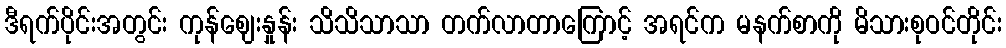
ဒီရက်ပိုင်းအတွင်း ကုန်ဈေးနှုန်း သိသိသာသာ တက်လာတာကြောင့် အရင်က မနက်စာကို မိသားစုဝင်တိုင်း